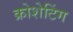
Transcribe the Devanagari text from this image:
क्रोशेटिंग